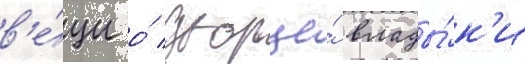
в'е́щи о́ дворце́ влады́к'и